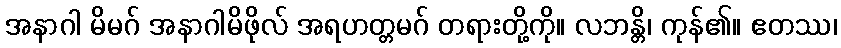
အနာဂါ မိမဂ် အနာဂါမိဖိုလ် အရဟတ္တမဂ် တရားတို့ကို။ လဘန္တိ၊ ကုန်၏။ ဧတဿ၊